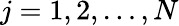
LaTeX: j=1,2,\ldots,N